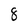
Character: 8